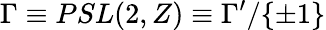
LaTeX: {\Gamma}\equiv PSL(2,Z)\equiv\Gamma^{\prime}/{\{ \pm 1\} }